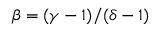
\beta = ( \gamma - 1 ) / ( \delta - 1 )